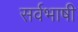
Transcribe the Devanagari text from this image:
सर्वभाषी